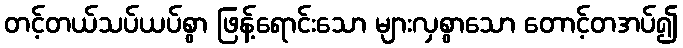
တင့်တယ်သပ်ယပ်စွာ ဖြန့်ရောင်းသော များလှစွာသော တောင့်တအပ်၍